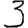
Digit: 3